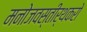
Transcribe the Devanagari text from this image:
मनोजवस्तीर्थकरो